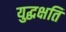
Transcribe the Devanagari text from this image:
युद्धक्षति